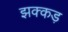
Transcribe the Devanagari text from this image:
झक्कड़